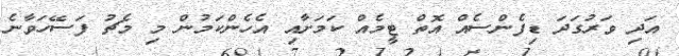
އަދި ވަރުގަދަ ޑިފެންސެއް އޮތް ޓީމެއް ކަމަށާއި އެހެންކަމުން މި މެޗު ފަސޭހަވާނެ